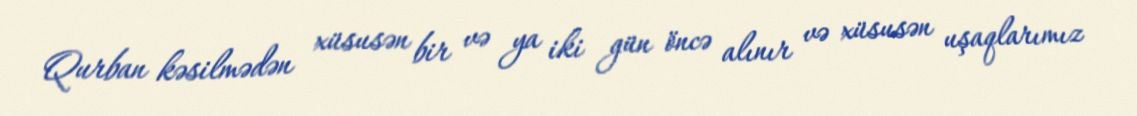
Qurban kəsilmədən xüsusən bir və ya iki gün öncə alınır və xüsusən uşaqlarımız